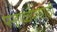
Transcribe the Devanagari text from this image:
पन्हाळ्यासाठी